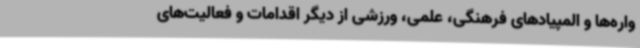
واره‌ها و المپیادهای فرهنگی، علمی، ورزشی از دیگر اقدامات و فعالیت‌های